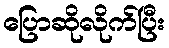
ပြောဆိုလိုက်ပြီး